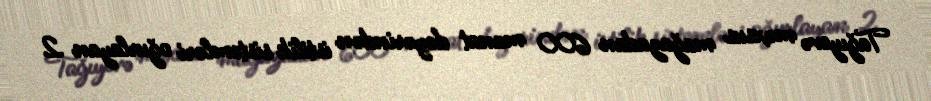
Tağıyevə məxsus mağazadan 600 manat dəyərindən istilik sistemləri oğurlayan 2